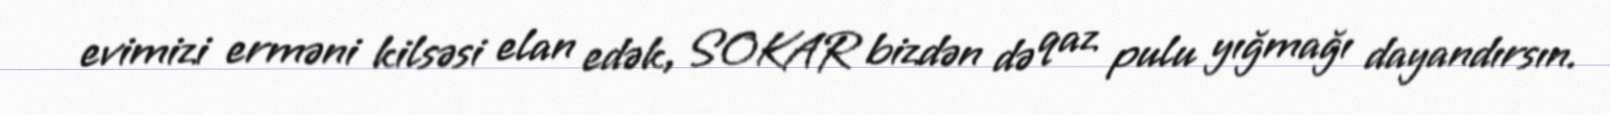
evimizi erməni kilsəsi elan edək, SOKAR bizdən də qaz pulu yığmağı dayandırsın.